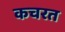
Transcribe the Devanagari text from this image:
कचरत